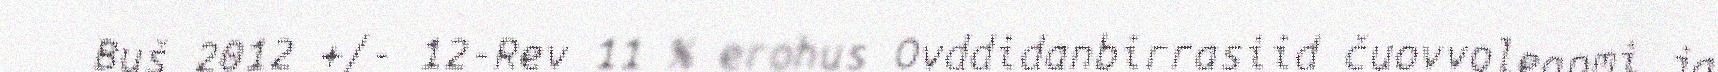
Buš 2012 +/- 12-Rev 11 % erohus Ovddidanbirrasiid čuovvoleapmi ja